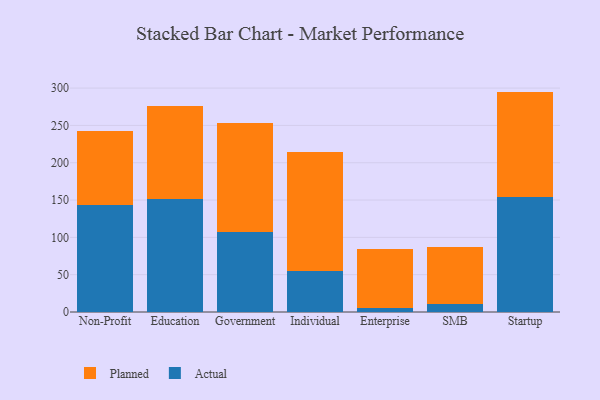
{"axis": {"x": "Segment", "y": "LTV (USD)"}, "legend": ["Actual", "Planned"], "data": [{"x": "Non-Profit", "y": 143.3, "type": "Actual"}, {"x": "Non-Profit", "y": 98.6, "type": "Planned"}, {"x": "Education", "y": 151.5, "type": "Actual"}, {"x": "Education", "y": 124.5, "type": "Planned"}, {"x": "Government", "y": 107.6, "type": "Actual"}, {"x": "Government", "y": 145.8, "type": "Planned"}, {"x": "Individual", "y": 55.6, "type": "Actual"}, {"x": "Individual", "y": 159.3, "type": "Planned"}, {"x": "Enterprise", "y": 5.9, "type": "Actual"}, {"x": "Enterprise", "y": 79.1, "type": "Planned"}, {"x": "SMB", "y": 10.7, "type": "Actual"}, {"x": "SMB", "y": 77.0, "type": "Planned"}, {"x": "Startup", "y": 154.6, "type": "Actual"}, {"x": "Startup", "y": 140.7, "type": "Planned"}]}